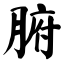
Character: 腑